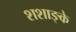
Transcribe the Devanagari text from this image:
शशाङ्के